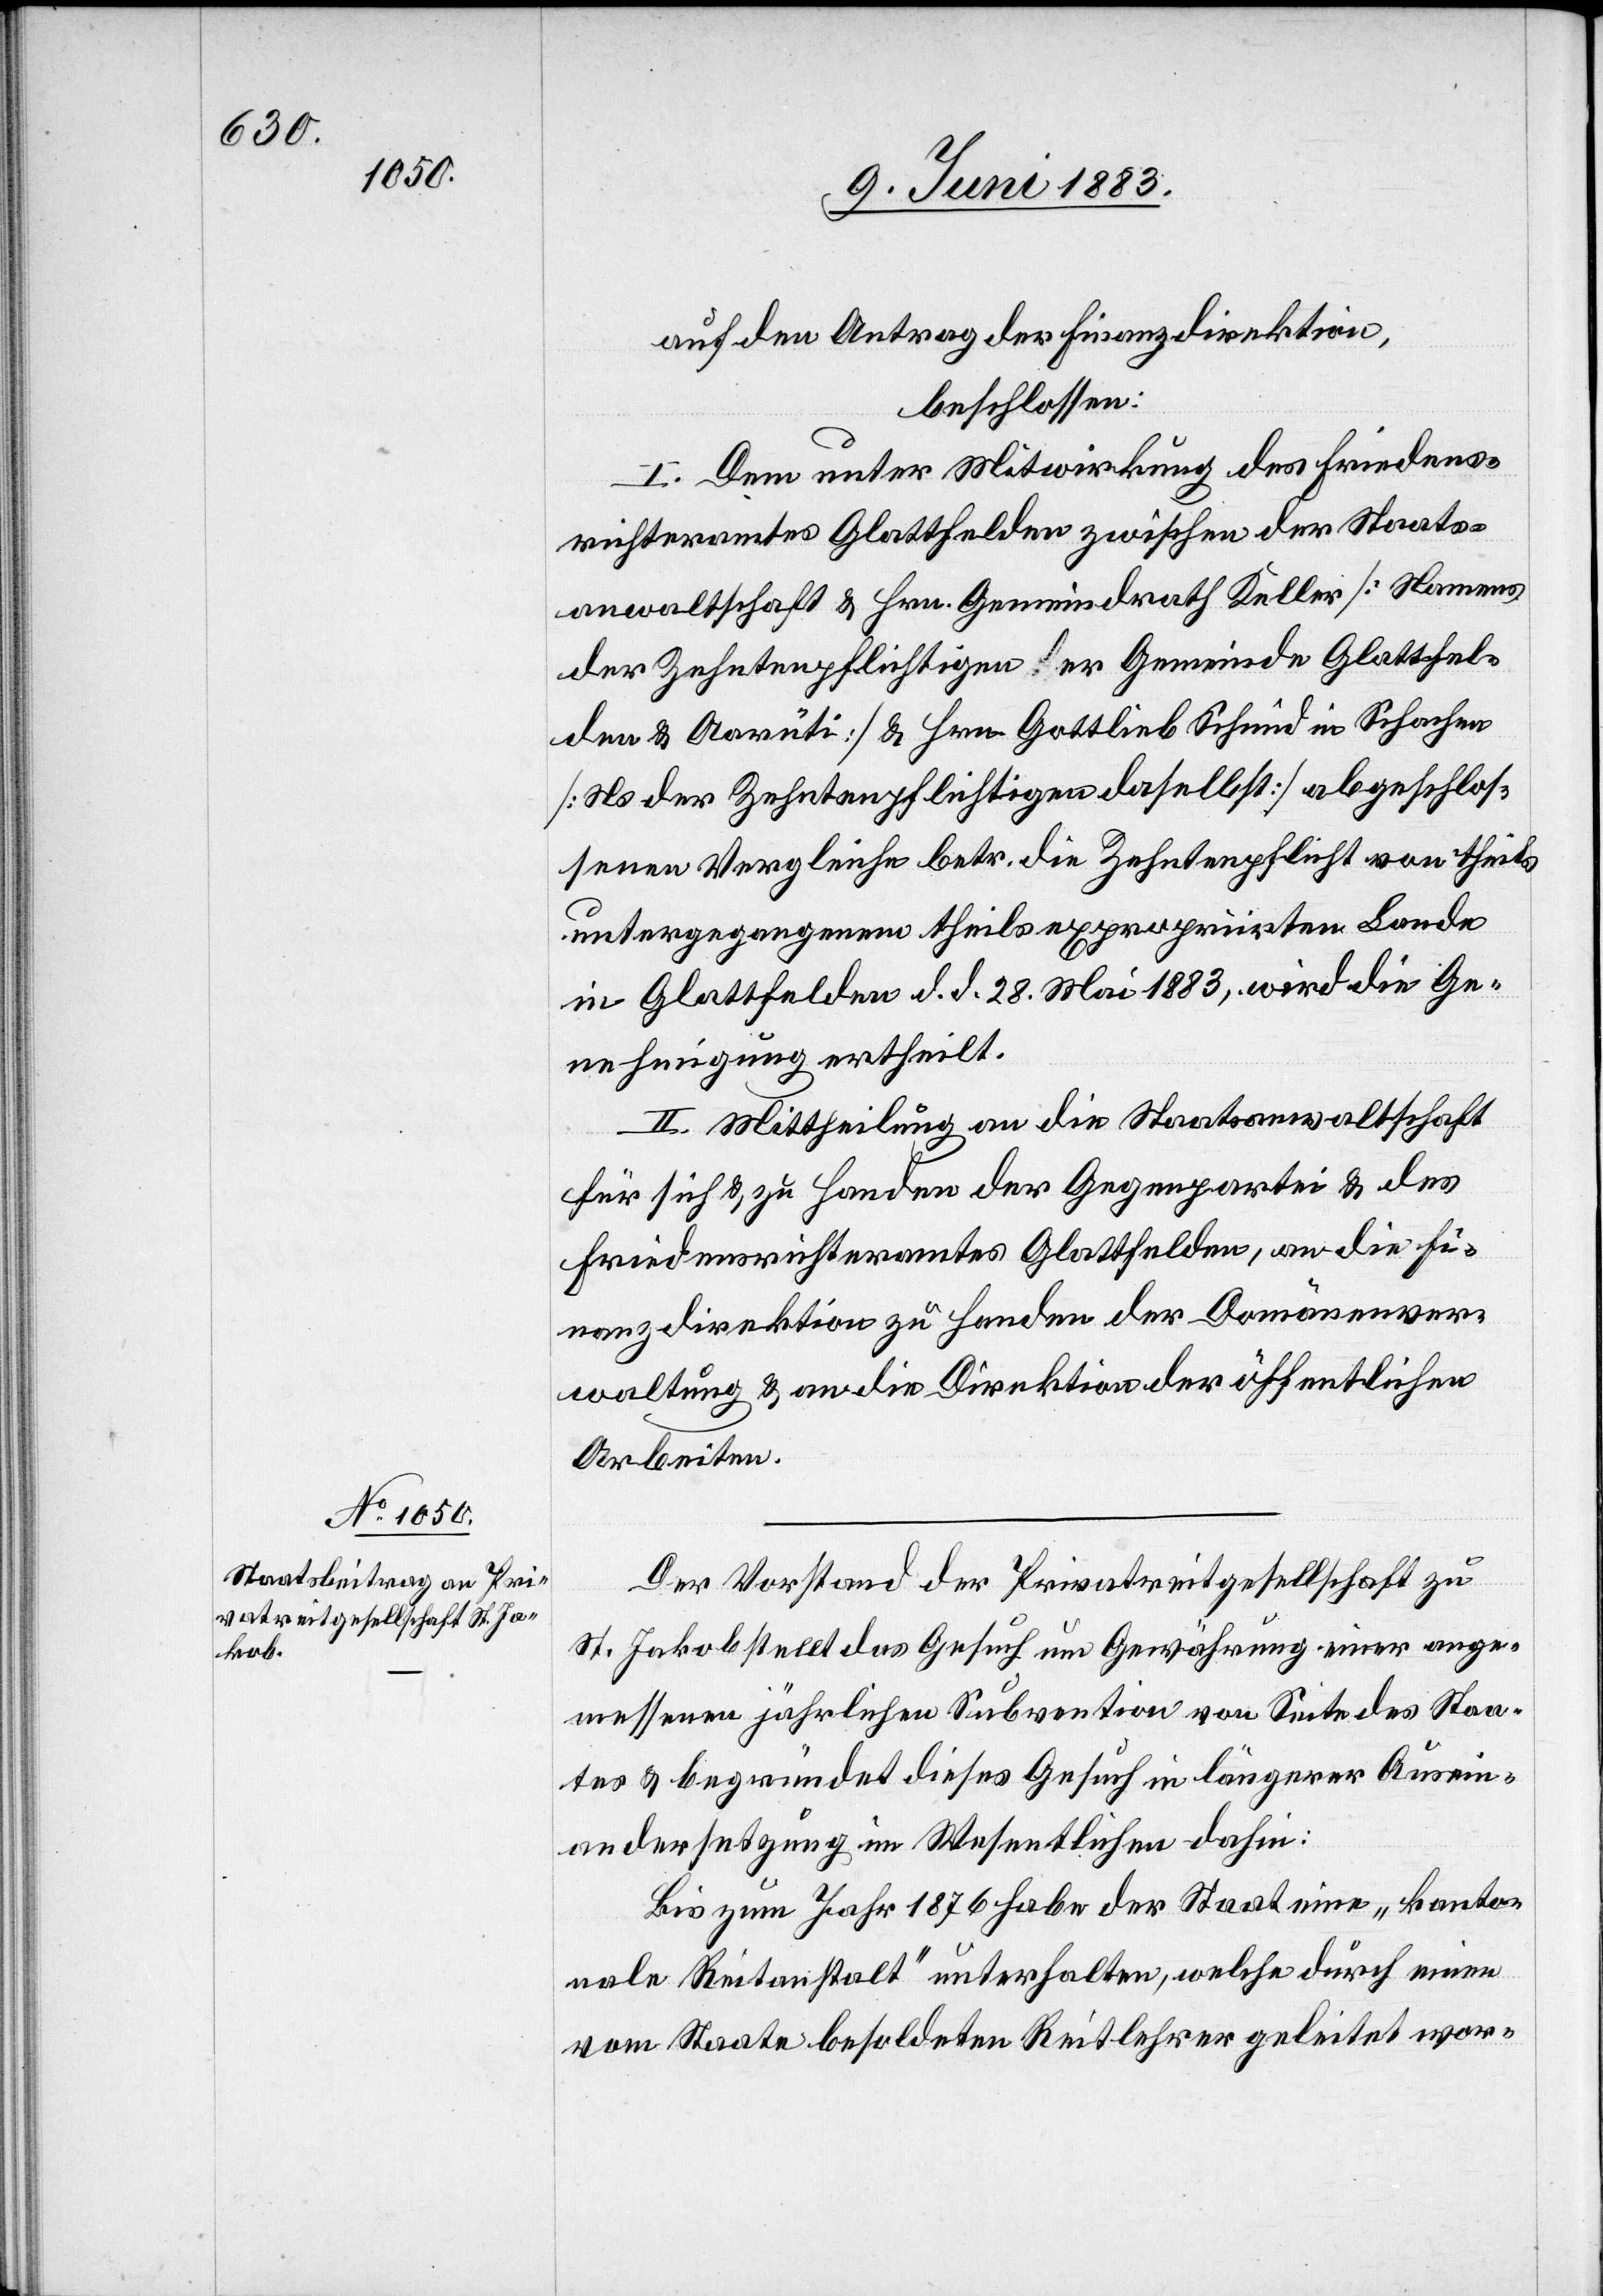
auf den Antrag der Finanzdirektion,
beschlossen:
I. Dem unter Mitwirkung des Friedens¬
richteramtes Glattfelden zwischen der Staats¬
anwaltschaft & Hrn. Gemeindrath Keller [Namens
der Zehntenpflichtigen der Gemeinde Glattfel¬
den & Aarüti] & Hrn. Gottlieb Schmid in Schachen
[Ns. der Zehntenpflichtigen daselbst] abgeschlos¬
senen Vergleiche betr. die Zehntenpflicht von theils
untergegangenem theils expropriirten Lande
in Glattfelden d. d. 28. Mai 1883, wird die Ge¬
nehmigung ertheilt.
II. Mittheilung an die Staatsanwaltschaft
für sich & zu Handen der Gegenpartei & des
Friedensrichteramtes Glattfelden, an die Fi¬
nanzdirektion zu Handen der Domänenver¬
waltung & an die Direktion der öffentlichen
Arbeiten.
Der Vorstand der Privatreitgesellschaft zu
St. Jakob stellt das Gesuch um Gewährung einer ange¬
messenen jährlichen Subvention von Seite des Staa¬
tes & begründet dieses Gesuch in längerer Ausein¬
andersetzung im Wesentlichen dahin:
Bis zum Jahr 1876 habe der Staat eine „kanton¬
ale Reitanstalt“ unterhalten, welche durch einen
vom Staate besoldeten Reitlehrer geleitet wor-